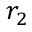
r _ { 2 }